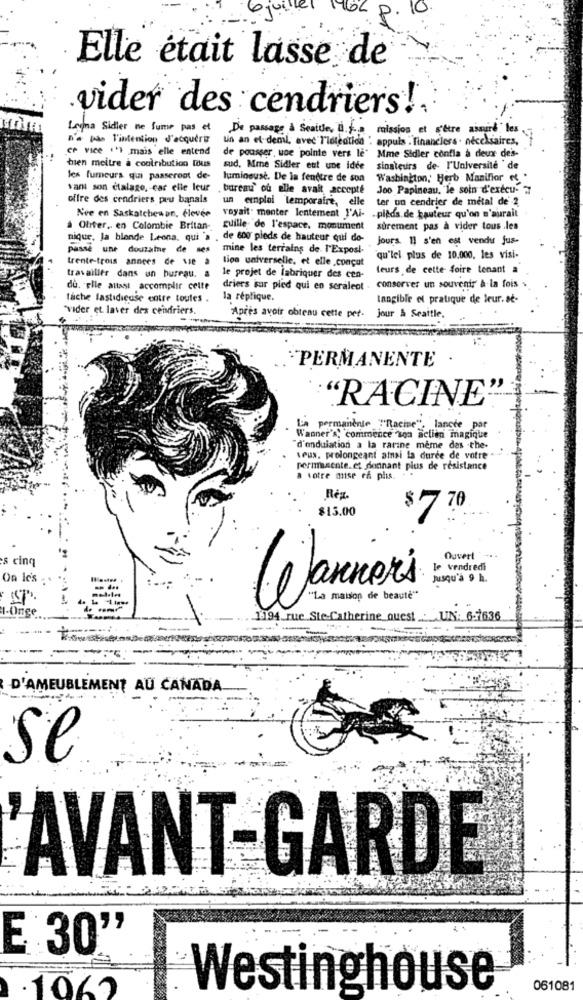
10
Elle était lasse de
vider des cendriers !.
Legna Sidier ne fume pas et
De passage & Seattle, [ ... a mission et s'être assure" les
n'a pas l'intention J'acquire
lin an et demi, avec l'loteation . appuis . financiers - nécessaires,
ce vice .'I mais elle entend
bien meitre a contribution TOUS
de pousser woe pointe vers le Mme Sidler confla a deux de's-
sud, Mme Sidler eut une idée
sinateurs de- l'Universite ' de
les fumeurs qui passeront de-
lumineuse. De la fendtre de son
Washington, Herb Manifior e .
van son ctalago, car elle leur
bureau' ou elle avait accepté
Joo Papineau, le soin d'execu- 7
offre des cendriers pru banals
un emploi temporaire, elle
ter un cendrier de metal de 2
Nve en Saskatchewan, élevée
voyait. menter lentement J'Ai-
.plads de hauteur qu'on n'aurait
Oliver, en Colombie Britan-
guille de l'espace. monument
sûrement pas à vider tous les
nique, Ja blonde Leona, qui 'a . de 600 pieds de hauteur qui do-
Jours. Il s'en est vendu jus-
passe une douzaine de ses
mine les terrains de l'Exposi-
trente-trois annees de sse à
lion universelle, et elle .concut
qu'lel plus de 10.000, les visi-
leurs de cette foire tenant a
travailler dans un bureau. a
le projet de fabriquer des cen-
du. elle attast accomplir cette
driers sur pied qui en seraleot .
conserver un souvenir à la fois
tache lastidieuse cotre toutes .
la réplique.
tangible el pratique de leur. se-
"vider et. laver des cendriers.
Après avoir obtenu cette pet-
jour & Seattle.
"PERMANENTE
"RACINE""
La permanente "Racine", lanche par
Wagner's, commence "soa aclien magique
"d'enduiation a la rarine meme das -the-
seus. prolongeant ainsi la durée de votre
permanente.et donnant plus de resistance
a votre mise rf plus. -
Rég.
$15.00
$7 70
s cinq
Ouvert
le vendredi
On Ie's :
Jusqu'à 9 h.
1-Onge
Wannors
.. 1194 rue Ste-Catherine quest : UN: 6-7636
D'AMEUBLEMENT AU CANADA
se
AVANT-GARDE
E 30
Westinghouse
061081
.1062